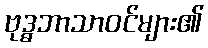
ဗုဒ္ဓဘာသာဝင်များ၏